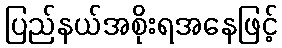
ပြည်နယ်အစိုးရအနေဖြင့်